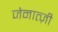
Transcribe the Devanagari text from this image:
जेनात्ज़ी